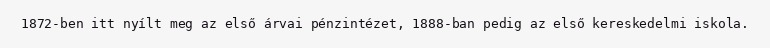
1872-ben itt nyílt meg az első árvai pénzintézet, 1888-ban pedig az első kereskedelmi iskola.